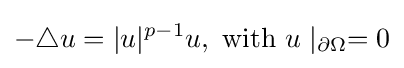
-\triangle u=|u|^{p-1}u,{\text{ with  }}u\mid _{\partial \Omega }=0